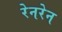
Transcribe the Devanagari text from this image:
रेनरेन